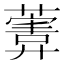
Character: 𱾩